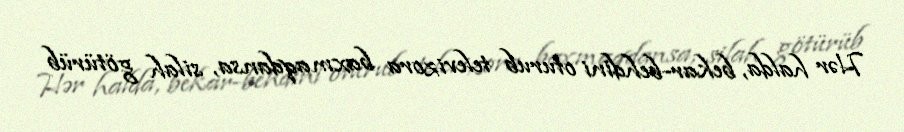
Hər halda, bekar-behdini oturub televizora baxmaqdansa, silah götürüb